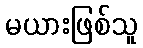
မယားဖြစ်သူ